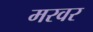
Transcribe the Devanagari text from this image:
मरवर